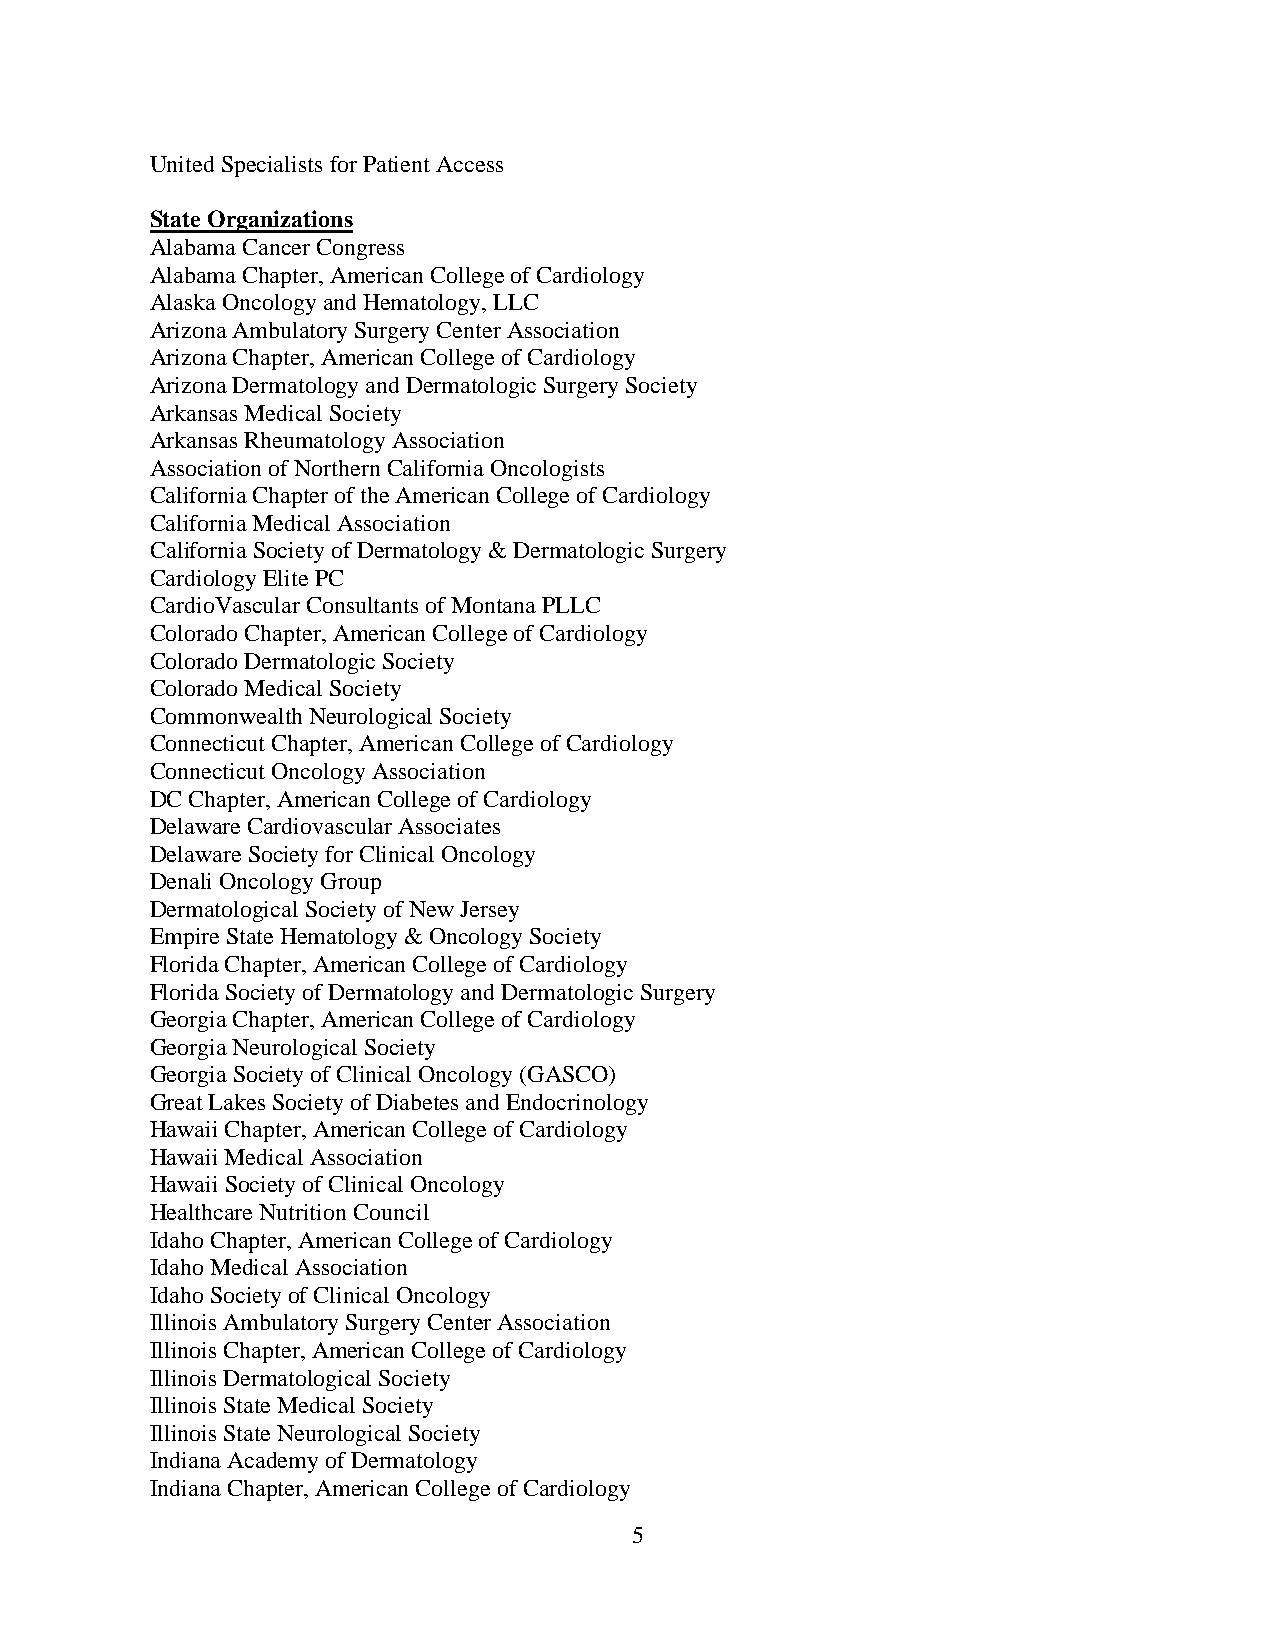
United Specialists for Patient Access
 State Organizations
 Alabama Cancer Congress
 Alabama Chapter, American College of Cardiology
 Alaska Oncology and Hematology, LLC
 Arizona Ambulatory Surgery Center Association
 Arizona Chapter, American College of Cardiology
 Arizona Dermatology and Dermatologic Surgery Society
 Arkansas Medical Society
 Arkansas Rheumatology Association
 Association of Northern California Oncologists
 California Chapter of the American College of Cardiology
 California Medical Association
 California Society of Dermatology & Dermatologic Surgery
 Cardiology Elite PC
 CardioVascular Consultants of Montana PLLC
 Colorado Chapter, American College of Cardiology
 Colorado Dermatologic Society
 Colorado Medical Society
 Commonwealth Neurological Society
 Connecticut Chapter, American College of Cardiology
 Connecticut Oncology Association
 DC Chapter, American College of Cardiology
 Delaware Cardiovascular Associates
 Delaware Society for Clinical Oncology
 Denali Oncology Group
 Dermatological Society of New Jersey
 Empire State Hematology & Oncology Society
 Florida Chapter, American College of Cardiology
 Florida Society of Dermatology and Dermatologic Surgery
 Georgia Chapter, American College of Cardiology
 Georgia Neurological Society
 Georgia Society of Clinical Oncology (GASCO)
 Great Lakes Society of Diabetes and Endocrinology
 Hawaii Chapter, American College of Cardiology
 Hawaii Medical Association
 Hawaii Society of Clinical Oncology
 Healthcare Nutrition Council
 Idaho Chapter, American College of Cardiology
 Idaho Medical Association
 Idaho Society of Clinical Oncology
 Illinois Ambulatory Surgery Center Association
 Illinois Chapter, American College of Cardiology
 Illinois Dermatological Society
 Illinois State Medical Society
 Illinois State Neurological Society
 Indiana Academy of Dermatology
 Indiana Chapter, American College of Cardiology
 5